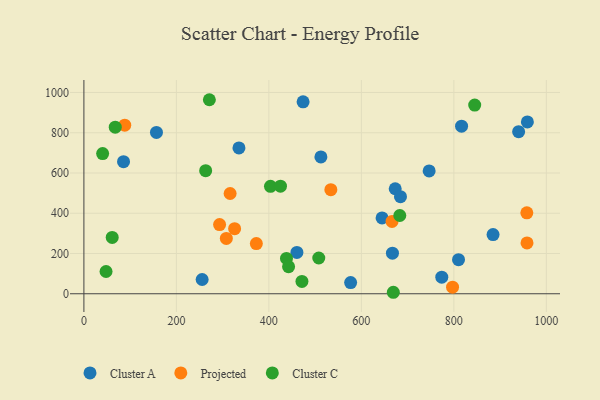
{"axis": {"x": "Investment", "y": "Sales"}, "legend": ["Cluster A", "Cluster C", "Projected"], "data": [{"x": "512.5", "y": 679.8, "type": "Cluster A"}, {"x": "644.8", "y": 376.8, "type": "Cluster A"}, {"x": "85.7", "y": 656.0, "type": "Cluster A"}, {"x": "884.8", "y": 293.9, "type": "Cluster A"}, {"x": "576.8", "y": 55.4, "type": "Cluster A"}, {"x": "474.0", "y": 953.5, "type": "Cluster A"}, {"x": "335.3", "y": 724.6, "type": "Cluster A"}, {"x": "255.7", "y": 70.9, "type": "Cluster A"}, {"x": "810.1", "y": 169.4, "type": "Cluster A"}, {"x": "816.7", "y": 832.4, "type": "Cluster A"}, {"x": "667.2", "y": 201.8, "type": "Cluster A"}, {"x": "940.1", "y": 805.4, "type": "Cluster A"}, {"x": "746.6", "y": 610.1, "type": "Cluster A"}, {"x": "673.2", "y": 521.8, "type": "Cluster A"}, {"x": "773.9", "y": 82.6, "type": "Cluster A"}, {"x": "460.6", "y": 205.5, "type": "Cluster A"}, {"x": "684.6", "y": 482.5, "type": "Cluster A"}, {"x": "959.0", "y": 853.7, "type": "Cluster A"}, {"x": "156.9", "y": 801.4, "type": "Cluster A"}, {"x": "797.2", "y": 32.7, "type": "Projected"}, {"x": "534.0", "y": 517.3, "type": "Projected"}, {"x": "293.4", "y": 343.9, "type": "Projected"}, {"x": "88.3", "y": 837.7, "type": "Projected"}, {"x": "372.9", "y": 249.2, "type": "Projected"}, {"x": "316.2", "y": 498.1, "type": "Projected"}, {"x": "666.3", "y": 359.6, "type": "Projected"}, {"x": "325.9", "y": 323.2, "type": "Projected"}, {"x": "957.8", "y": 402.1, "type": "Projected"}, {"x": "308.0", "y": 275.0, "type": "Projected"}, {"x": "958.2", "y": 252.6, "type": "Projected"}, {"x": "40.5", "y": 696.6, "type": "Cluster C"}, {"x": "47.9", "y": 110.5, "type": "Cluster C"}, {"x": "683.1", "y": 388.8, "type": "Cluster C"}, {"x": "438.1", "y": 175.4, "type": "Cluster C"}, {"x": "271.3", "y": 964.0, "type": "Cluster C"}, {"x": "263.3", "y": 611.5, "type": "Cluster C"}, {"x": "845.1", "y": 937.4, "type": "Cluster C"}, {"x": "507.9", "y": 177.7, "type": "Cluster C"}, {"x": "669.1", "y": 7.4, "type": "Cluster C"}, {"x": "61.2", "y": 279.8, "type": "Cluster C"}, {"x": "471.5", "y": 61.2, "type": "Cluster C"}, {"x": "442.6", "y": 134.8, "type": "Cluster C"}, {"x": "67.8", "y": 827.7, "type": "Cluster C"}, {"x": "403.5", "y": 533.7, "type": "Cluster C"}, {"x": "425.1", "y": 534.5, "type": "Cluster C"}]}